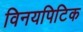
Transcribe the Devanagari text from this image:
विनयपिटिक